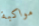
مواكبة